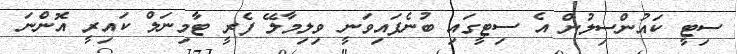
ސިޓީ ކައުންސިލުން އެ ސިޓީގައި ބުނެފައިވަނީ ވިލިމާލޭ ފެރީ ޓާމިނަލް ކައިރީ އޮންނަ